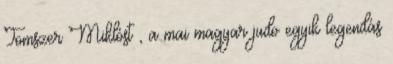
Tomszer Miklóst , a mai magyar judo egyik legendás